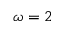
\omega = 2